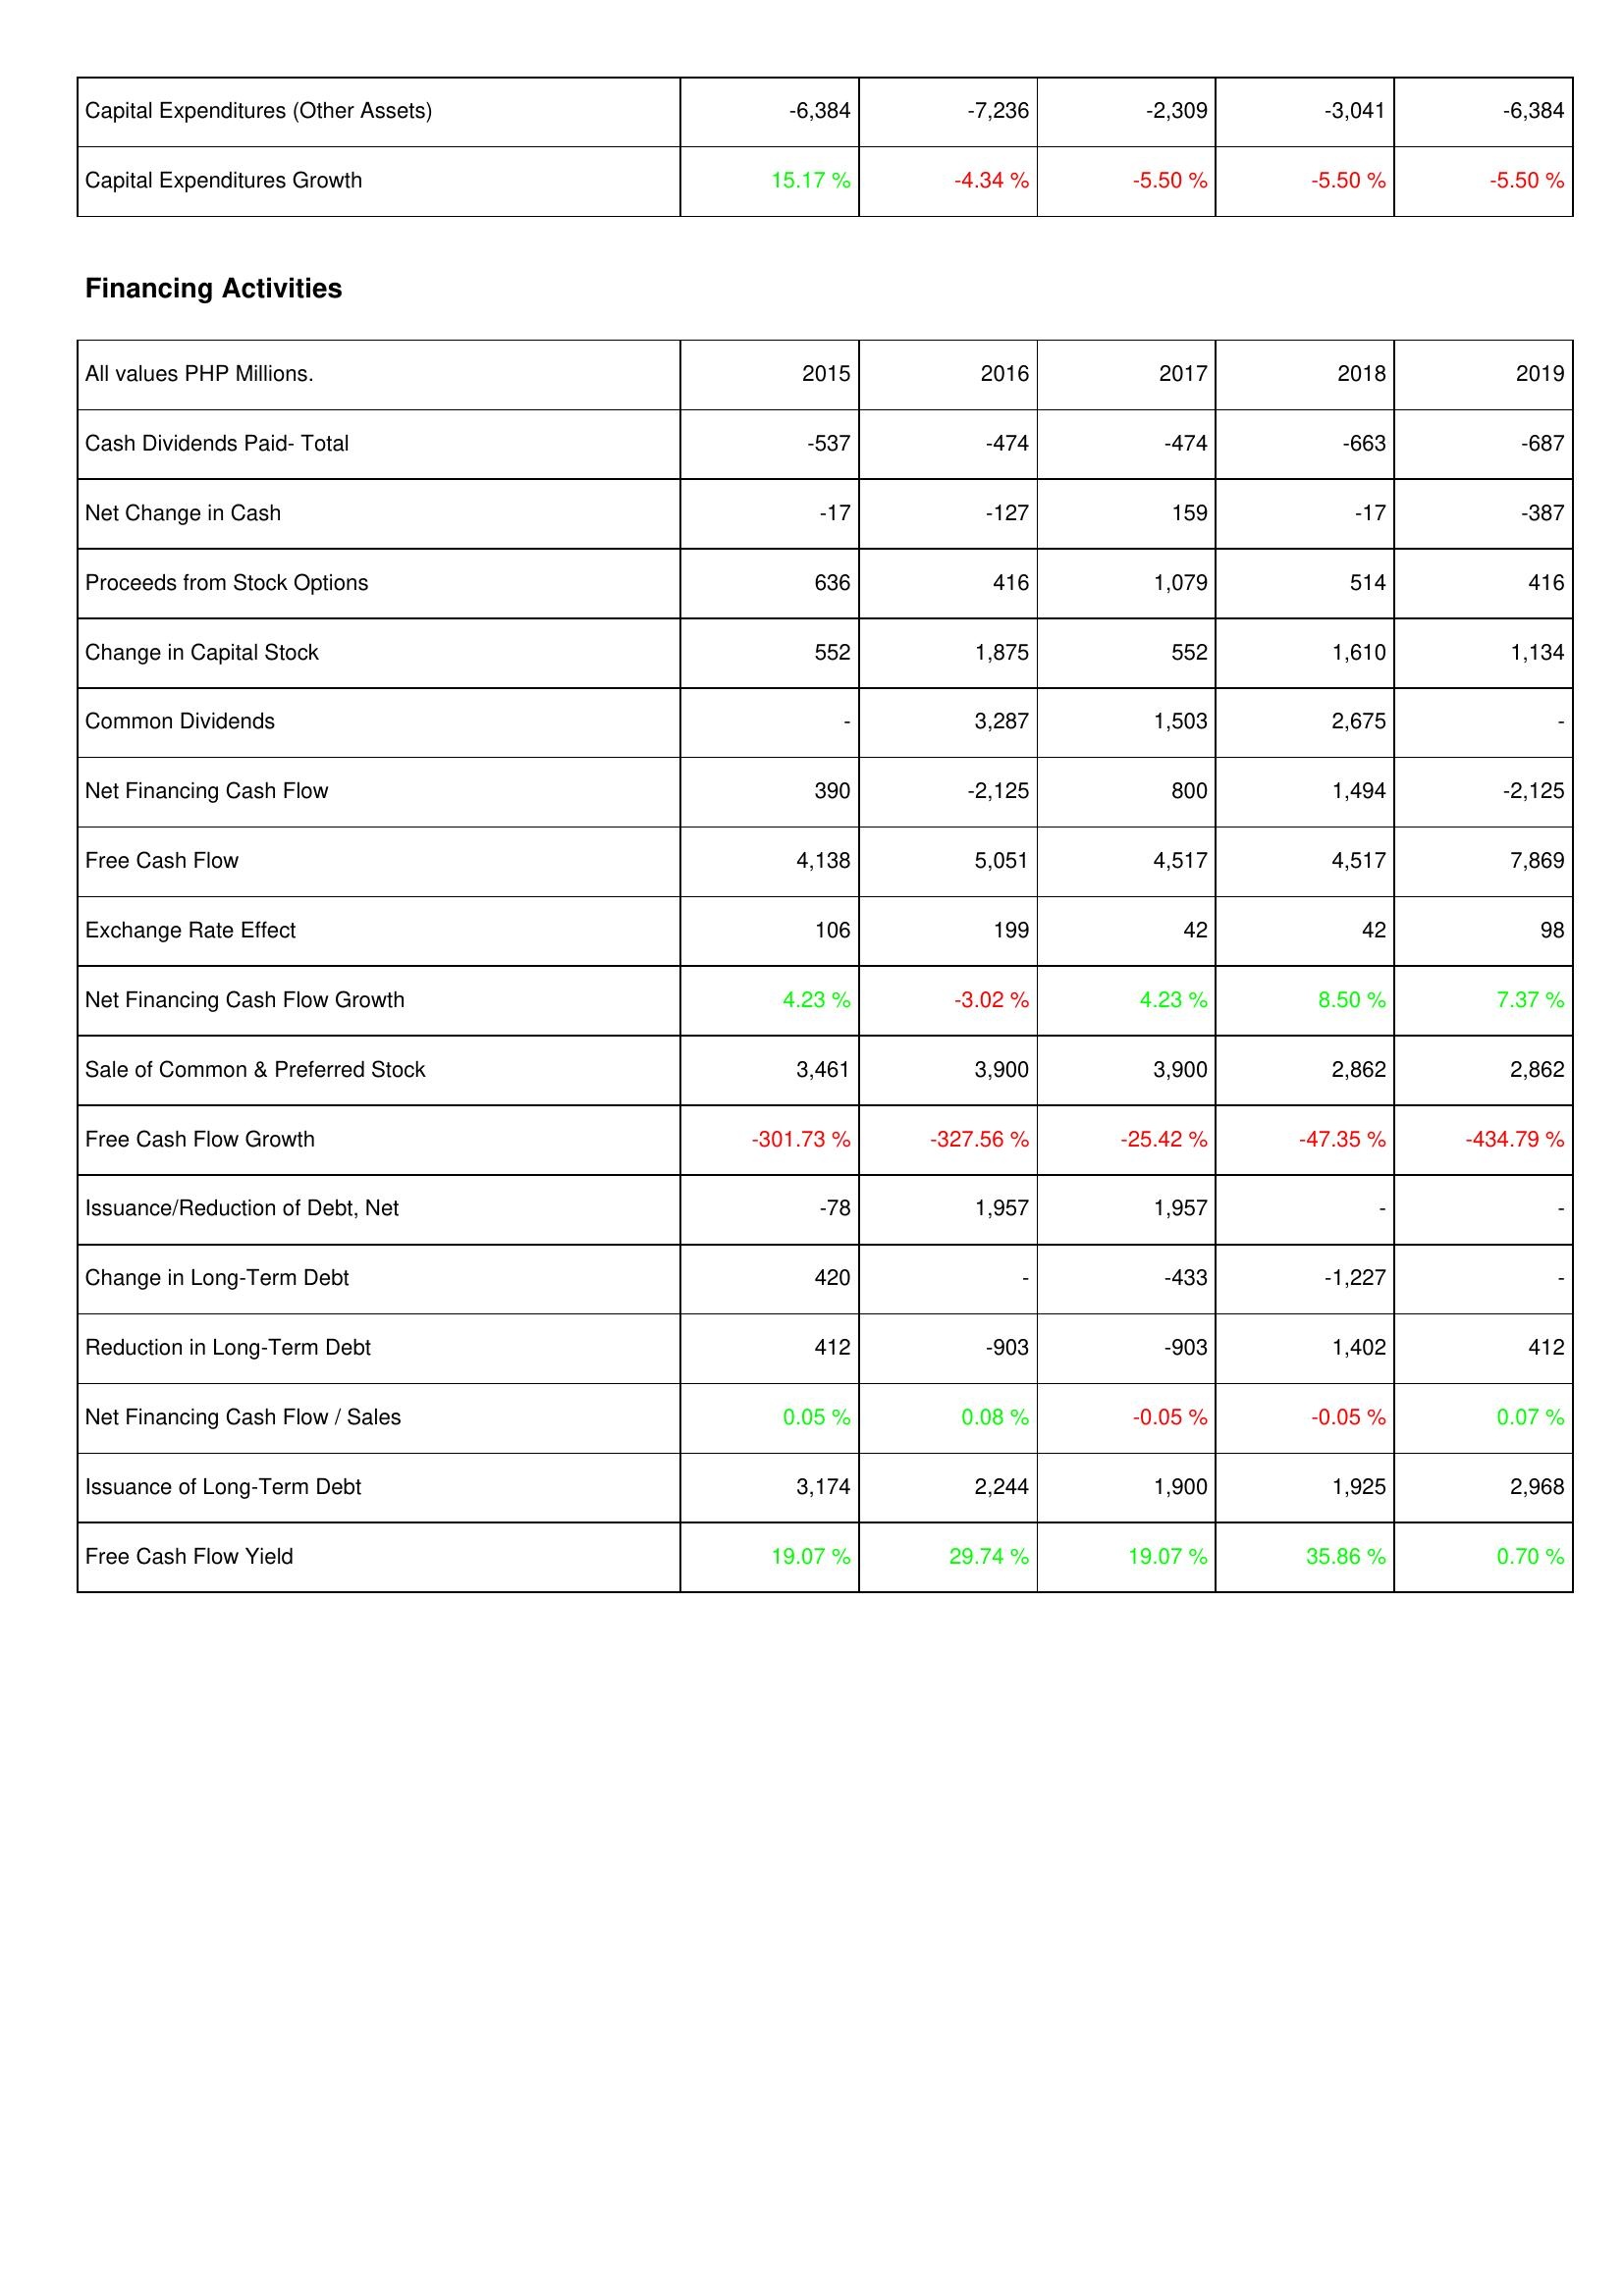
2015: Investing Activities: Capital Expenditures (Other Assets): -6,384
Capital Expenditures Growth: 15.17 %
Financing Activities: Cash Dividends Paid- Total: -537
Net Change in Cash: -17
Proceeds from Stock Options: 636
Change in Capital Stock: 552
Common Dividends: -
Net Financing Cash Flow: 390
Free Cash Flow: 4,138
Exchange Rate Effect: 106
Net Financing Cash Flow Growth: 4.23 %
Sale of Common & Preferred Stock: 3,461
Free Cash Flow Growth: -301.73 %
Issuance/Reduction of Debt, Net: -78
Change in Long-Term Debt: 420
Reduction in Long-Term Debt: 412
Net Financing Cash Flow / Sales: 0.05 %
Issuance of Long-Term Debt: 3,174
Free Cash Flow Yield: 19.07 %
2016: Investing Activities: Capital Expenditures (Other Assets): -7,236
Capital Expenditures Growth: -4.34 %
Financing Activities: Cash Dividends Paid- Total: -474
Net Change in Cash: -127
Proceeds from Stock Options: 416
Change in Capital Stock: 1,875
Common Dividends: 3,287
Net Financing Cash Flow: -2,125
Free Cash Flow: 5,051
Exchange Rate Effect: 199
Net Financing Cash Flow Growth: -3.02 %
Sale of Common & Preferred Stock: 3,900
Free Cash Flow Growth: -327.56 %
Issuance/Reduction of Debt, Net: 1,957
Change in Long-Term Debt: -
Reduction in Long-Term Debt: -903
Net Financing Cash Flow / Sales: 0.08 %
Issuance of Long-Term Debt: 2,244
Free Cash Flow Yield: 29.74 %
2017: Investing Activities: Capital Expenditures (Other Assets): -2,309
Capital Expenditures Growth: -5.50 %
Financing Activities: Cash Dividends Paid- Total: -474
Net Change in Cash: 159
Proceeds from Stock Options: 1,079
Change in Capital Stock: 552
Common Dividends: 1,503
Net Financing Cash Flow: 800
Free Cash Flow: 4,517
Exchange Rate Effect: 42
Net Financing Cash Flow Growth: 4.23 %
Sale of Common & Preferred Stock: 3,900
Free Cash Flow Growth: -25.42 %
Issuance/Reduction of Debt, Net: 1,957
Change in Long-Term Debt: -433
Reduction in Long-Term Debt: -903
Net Financing Cash Flow / Sales: -0.05 %
Issuance of Long-Term Debt: 1,900
Free Cash Flow Yield: 19.07 %
2018: Investing Activities: Capital Expenditures (Other Assets): -3,041
Capital Expenditures Growth: -5.50 %
Financing Activities: Cash Dividends Paid- Total: -663
Net Change in Cash: -17
Proceeds from Stock Options: 514
Change in Capital Stock: 1,610
Common Dividends: 2,675
Net Financing Cash Flow: 1,494
Free Cash Flow: 4,517
Exchange Rate Effect: 42
Net Financing Cash Flow Growth: 8.50 %
Sale of Common & Preferred Stock: 2,862
Free Cash Flow Growth: -47.35 %
Issuance/Reduction of Debt, Net: -
Change in Long-Term Debt: -1,227
Reduction in Long-Term Debt: 1,402
Net Financing Cash Flow / Sales: -0.05 %
Issuance of Long-Term Debt: 1,925
Free Cash Flow Yield: 35.86 %
2019: Investing Activities: Capital Expenditures (Other Assets): -6,384
Capital Expenditures Growth: -5.50 %
Financing Activities: Cash Dividends Paid- Total: -687
Net Change in Cash: -387
Proceeds from Stock Options: 416
Change in Capital Stock: 1,134
Common Dividends: -
Net Financing Cash Flow: -2,125
Free Cash Flow: 7,869
Exchange Rate Effect: 98
Net Financing Cash Flow Growth: 7.37 %
Sale of Common & Preferred Stock: 2,862
Free Cash Flow Growth: -434.79 %
Issuance/Reduction of Debt, Net: -
Change in Long-Term Debt: -
Reduction in Long-Term Debt: 412
Net Financing Cash Flow / Sales: 0.07 %
Issuance of Long-Term Debt: 2,968
Free Cash Flow Yield: 0.70 %